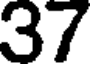
37